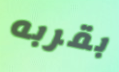
بقربه